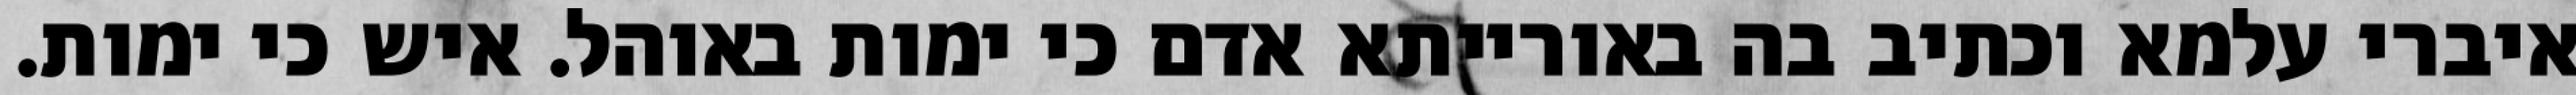
איברי עלמא וכתיב בה באורייתא אדם כי ימות באוהל. איש כי ימות.